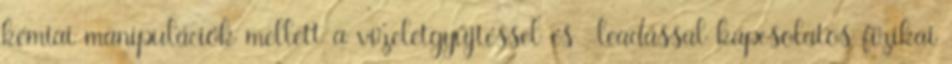
kémiai manipulációk mellett a vizeletgyűjtéssel és -leadással kapcsolatos fizikai